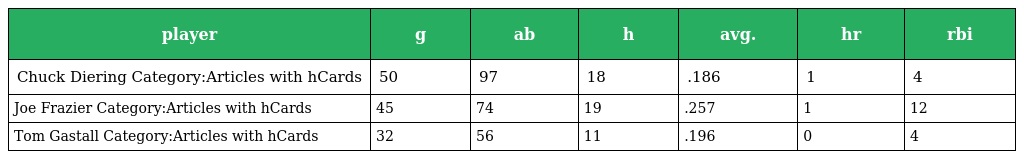
| player | g | ab | h | avg. | hr | rbi |
 | --- | --- | --- | --- | --- | --- | --- |
 | Chuck Diering Category:Articles with hCards | 50 | 97 | 18 | .186 | 1 | 4 |
 | Joe Frazier Category:Articles with hCards | 45 | 74 | 19 | .257 | 1 | 12 |
 | Tom Gastall Category:Articles with hCards | 32 | 56 | 11 | .196 | 0 | 4 |